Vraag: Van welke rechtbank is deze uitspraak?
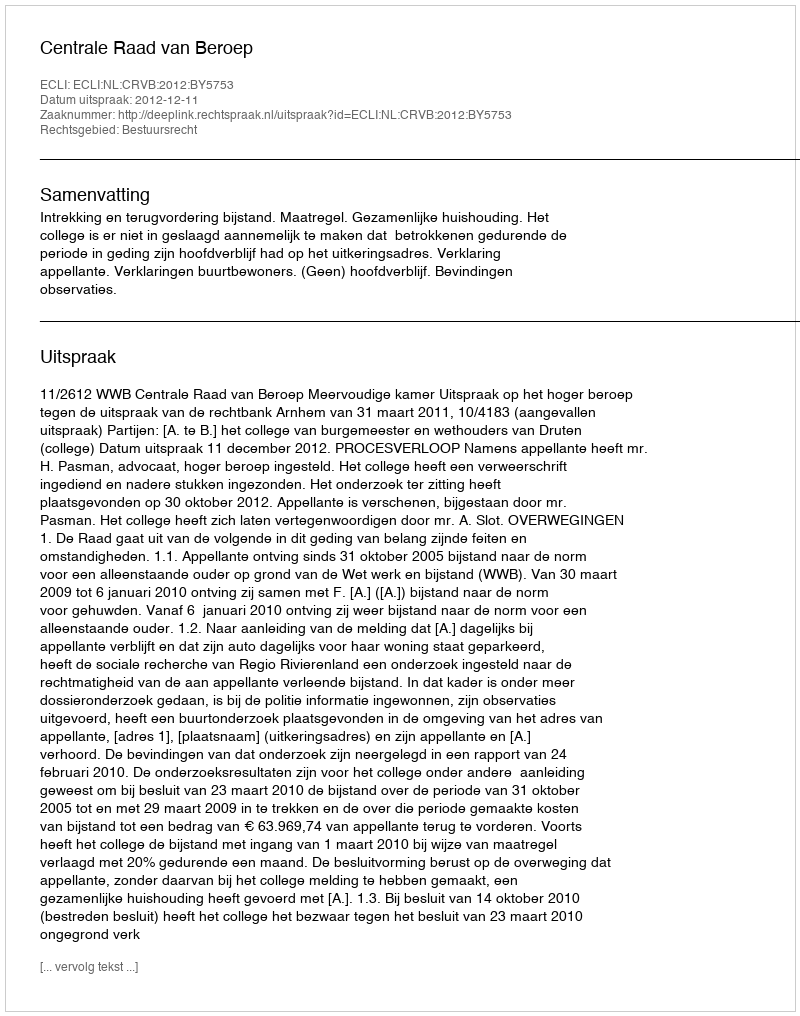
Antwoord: Centrale Raad van Beroep